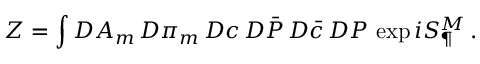
Z = \int { \cal D } A _ { m } \, { \cal D } \pi _ { m } \, { \cal D } c \, { \cal D } \bar { \cal P } \, { \cal D } \bar { c } \, { \cal D } { \cal P } \, \exp i S _ { \P } ^ { M } \, .